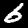
Label: 6